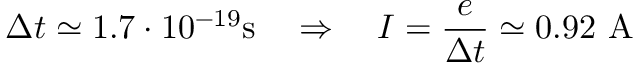
\Delta t \simeq 1 . 7 \cdot 1 0 ^ { - 1 9 } \mathrm { s } \quad \Rightarrow \quad I = \frac { e } { \Delta t } \simeq 0 . 9 2 ~ \mathrm { A }